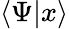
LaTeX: \langle\Psi|x\rangle